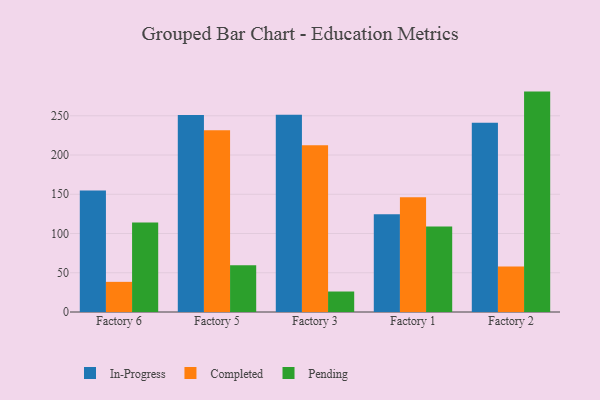
{"axis": {"x": "Factory", "y": "Satisfaction Score"}, "legend": ["Completed", "In-Progress", "Pending"], "data": [{"x": "Factory 6", "y": 154.8, "type": "In-Progress"}, {"x": "Factory 6", "y": 38.4, "type": "Completed"}, {"x": "Factory 6", "y": 113.9, "type": "Pending"}, {"x": "Factory 5", "y": 251.0, "type": "In-Progress"}, {"x": "Factory 5", "y": 231.7, "type": "Completed"}, {"x": "Factory 5", "y": 59.6, "type": "Pending"}, {"x": "Factory 3", "y": 251.3, "type": "In-Progress"}, {"x": "Factory 3", "y": 212.3, "type": "Completed"}, {"x": "Factory 3", "y": 26.1, "type": "Pending"}, {"x": "Factory 1", "y": 124.6, "type": "In-Progress"}, {"x": "Factory 1", "y": 146.1, "type": "Completed"}, {"x": "Factory 1", "y": 108.8, "type": "Pending"}, {"x": "Factory 2", "y": 241.2, "type": "In-Progress"}, {"x": "Factory 2", "y": 58.1, "type": "Completed"}, {"x": "Factory 2", "y": 280.8, "type": "Pending"}]}